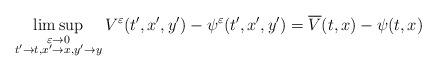
LaTeX: \begin{align*} \limsup\limits_{\substack{\varepsilon\to 0\\t'\to t, x'\to x, y'\to y}} V^{\varepsilon}(t',x',y') - \psi^{\varepsilon}(t',x',y') = \overline{V}(t,x) - \psi(t,x) \end{align*}